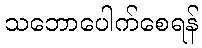
သဘောပေါက်စေရန်